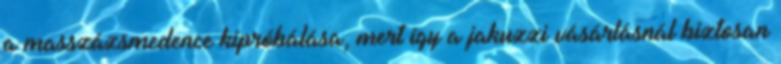
a masszázsmedence kipróbálása, mert így a jakuzzi vásárlásnál biztosan